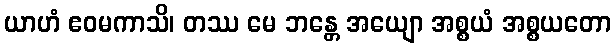
ယာဟံ ဧဝမကာသိ၊ တဿ မေ ဘန္တေ အယျော အစ္စယံ အစ္စယတော